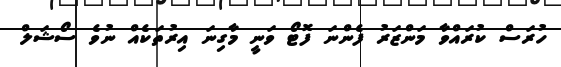
ހުރަސް ކުރައްވާ މަންޒަރު ފެންނަ ފޮޓޯ ވަނީ މާގިނަ އިރުތަކެއް ނުވެ ސޯޝަލް